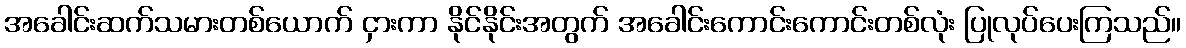
အခေါင်းဆက်သမားတစ်ယောက် ငှားကာ နိုင်နိုင်းအတွက် အခေါင်းကောင်းကောင်းတစ်လုံး ပြုလုပ်ပေးကြသည်။